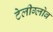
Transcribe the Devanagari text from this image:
टेलीग्लोब